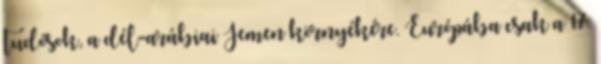
tudósok, a dél-arábiai Jemen környékére. Európába csak a 17.